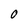
Character: O